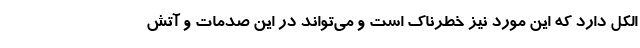
الکل دارد که این مورد نیز خطرناک است و می‌تواند در این صدمات و آتش